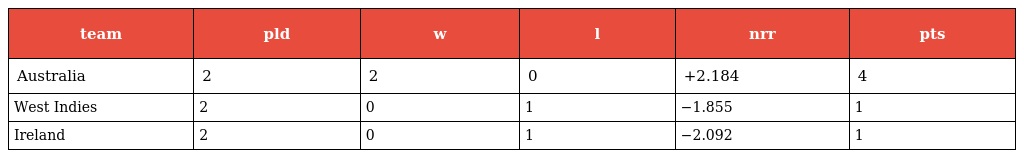
| team | pld | w | l | nrr | pts |
 | --- | --- | --- | --- | --- | --- |
 | Australia | 2 | 2 | 0 | +2.184 | 4 |
 | West Indies | 2 | 0 | 1 | −1.855 | 1 |
 | Ireland | 2 | 0 | 1 | −2.092 | 1 |